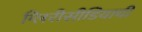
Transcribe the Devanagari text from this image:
ग्लिरीसीडियाची